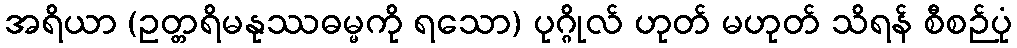
အရိယာ (ဥတ္တရိမနုဿဓမ္မကို ရသော) ပုဂ္ဂိုလ် ဟုတ် မဟုတ် သိရန် စီစဉ်ပုံ